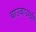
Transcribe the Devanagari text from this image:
बाउबाउग्यी